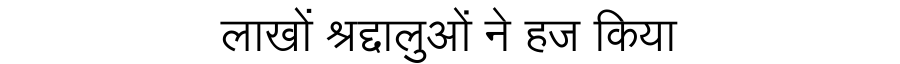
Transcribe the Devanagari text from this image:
लाखों श्रद्दालुओं ने हज किया